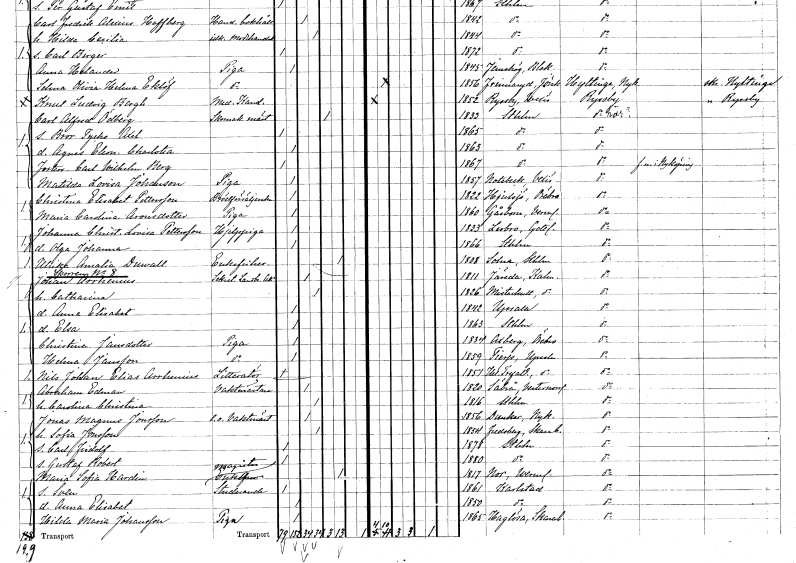
gt_parse: households: individuals: FN: Carl Alfred
EN: Ödberg
YRKE: Skomakarmäster
KON: M
CIV: E
FODAR: 1833
FODFORS: Stockholm
FN: Bror Tycho Axel
KON: M
CIV: O
FODAR: 1865
FODFORS: Stockholm
FN: Agnes Eleonora Charlotta
KON: K
CIV: O
FODAR: 1863
FODFORS: Stockholm
FN: Carl Wilhelm
EN: Berg
KON: M
CIV: O
FODAR: 1867
FODFORS: Stockholm
FN: Matilda Lovisa
EN: Johansson
YRKE: Piga
KON: K
CIV: O
FODAR: 1857
FODFORS: Nottebäck Kronobergs län
FN: Christina Elisabet
EN: Pettersson
YRKE: Brödförsäljerska
KON: K
CIV: O
FODAR: 1822
FODFORS: Hjulsjö Örebro län
FN: Maria Carolina
EN: Aronsdotter
YRKE: Piga
KON: K
CIV: O
FODAR: 1860
FODFORS: Gåsborn Värmlands län
FN: Johanna Christina Lovisa
EN: Pettersson
YRKE: Hjälppiga
KON: K
CIV: O
FODAR: 1833
FODFORS: Lärbro Gotlands län
FN: Olga Johanna
KON: K
CIV: O
FODAR: 1866
FODFORS: Stockholm
FN: Ulrika Amalia
EN: Duwall
KON: K
CIV: E
FODAR: 1808
FODFORS: Solna Stockholms län
FN: Johan
EN: Arrhenius
YRKE: Sekreterare vid Lantbruksakademin
KON: M
CIV: G
FODAR: 1811
FODFORS: Järeda Kalmar län
FN: Catharina
KON: K
CIV: G
FODAR: 1826
FODFORS: Misterhult Kalmar län
FN: Anna Elisabet
KON: K
CIV: O
FODAR: 1842
FODFORS: Uppsala Uppsala län
FN: Elsa
KON: K
CIV: O
FODAR: 1863
FODFORS: Stockholm
FN: Christina
EN: Jansdotter
YRKE: Piga
KON: K
CIV: O
FODAR: 1834
FODFORS: Axberg Örebro län
FN: Helena
EN: Jansson
YRKE: Piga
KON: K
CIV: O
FODAR: 1859
FODFORS: Tierp Uppsala län
FN: Nils Johan Elias
EN: Arrhenius
YRKE: Litteratör
KON: M
CIV: O
FODAR: 1851
FODFORS: Helga Trefaldighet Uppsala län
FN: Abraham
EN: Edman
YRKE: Vaktmästare
KON: M
CIV: G
FODAR: 1820
FODFORS: Säbrå Västernorrlands län
FN: Carolina Christina
KON: K
CIV: G
FODAR: 1816
FODFORS: Stockholm
FN: Jonas Magnus
EN: Jonsson
YRKE: Vaktmästare e.o.
KON: M
CIV: G
FODAR: 1856
FODFORS: Dunker Södermanlands län
FN: Sofia
EN: Jonsson
KON: K
CIV: G
FODAR: 1854
FODFORS: Fredsberg Skaraborgs län
FN: Carl Fridolf
KON: M
CIV: O
FODAR: 1878
FODFORS: Stockholm
FN: Gustaf Robert
KON: M
CIV: O
FODAR: 1880
FODFORS: Stockholm
FN: Maria Sofia
EN: Hardin
YRKE: Magistersänka
KON: K
CIV: E
FODAR: 1817
FODFORS: Nor Värmlands län
FN: Sven
YRKE: Studerande
KON: M
CIV: O
FODAR: 1861
FODFORS: Karlstad Värmlands län
FN: Anna Elisabet
KON: K
CIV: O
FODAR: 1850
FODFORS: Karlstad Värmlands län
FN: Hilda Maria
EN: Johansson
YRKE: Piga
KON: K
CIV: O
FODAR: 1865
FODFORS: Haglösa Skaraborgs län